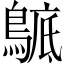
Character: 𪂰